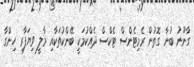
ގާނޫނު ބުނާ ގޮތުން ރެމިޓެންސް ޓެކްސް ދެއްކުމަކީ ބޭންކުތަކާއި މާލީ ވިޔަފާރި ހިންގާ